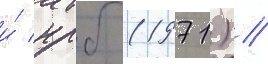
и́ нрб (1971) //